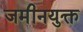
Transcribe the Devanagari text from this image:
जमीनयुक्त